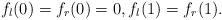
LaTeX: \begin{align*} f_{l}(0)=f_{r}(0)=0, f_{l}(1)=f_{r}(1). \end{align*}